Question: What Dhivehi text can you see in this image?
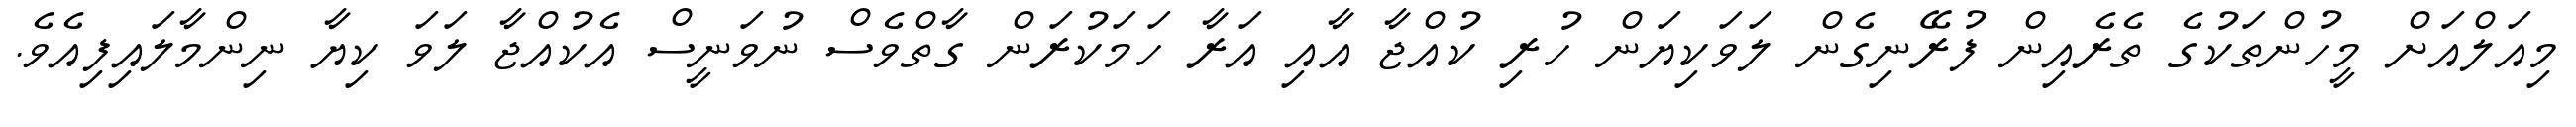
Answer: މިއަލްއަށް މީހުންތަކުގެ ތެރެއިން ފުރޭނިގެން ލަވަކިޔަން ހުރި ކުއްޖާ އާއި އަރާ ހަމަކުރަން ގާތްވެސް ނުވަނީސް އެކުއްޖާ ލަވަ ކިޔާ ނިންމާލައިފިއެވެ.